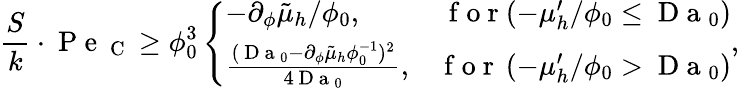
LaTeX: \frac{S}{k}\cdot\mathrm{~P~e~}_{\mathrm{~C~}}\geq\phi_{0}^{3}\left\{ \begin{array}{ll}{-\partial_{\phi}\tilde{\mu}_{h}/\phi_{0},}&{\, \mathrm{~f~o~r~}(-\mu_{h}^{\prime}/\phi_{0}\leq\mathrm{~D~a~}_{0})}\\ {\frac{(\mathrm{~D~a~}_{0}-\partial_{\phi}\tilde{\mu}_{h}\phi_{0}^{-1})^{2}}{4\mathrm{~D~a~}_{0}},}&{\mathrm{~f~o~r~}\, (-\mu_{h}^{\prime}/\phi_{0}>\mathrm{~D~a~}_{0})}\end{array}\right.,